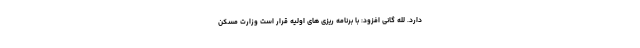
دارد. لله گانی افزود: با برنامه ریزی های اولیه قرار است وزارت مسکن